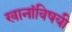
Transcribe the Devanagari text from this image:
खानांविषयी